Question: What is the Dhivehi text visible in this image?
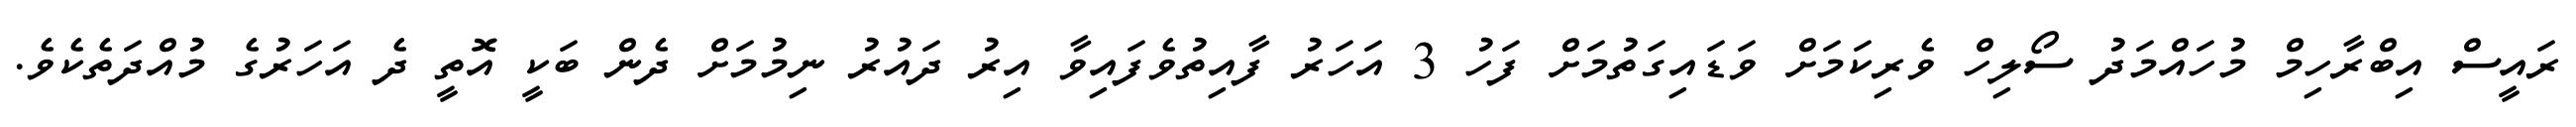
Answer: ރައީސް އިބްރާހިމް މުހައްމަދު ސޯލިހް ވެރިކަމަށް ވަޑައިގަތުމަށް ފަހު 3 އަހަރު ފާއިތުވެފައިވާ އިރު ދައުރު ނިމުމަށް ދެން ބަކީ އޮތީ ދެ އަހަރުގެ މުއްދަތެކެވެ.